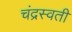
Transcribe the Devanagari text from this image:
चंद्रस्वती